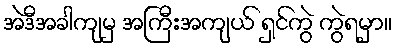
အဲဒီအခါကျမှ အကြီးအကျယ် ရှင်ကွဲ ကွဲရမှာ။